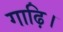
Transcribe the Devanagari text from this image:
गाढ़ि।